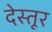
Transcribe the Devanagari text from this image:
देस्तूर